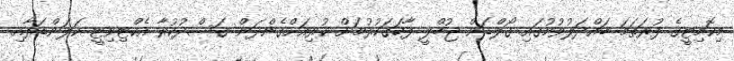
މިކޮމިޓީގެ ފުރަތަމަ ބައްދަލުވުމުގައި ގޯލްޑަން ޖުބްލީ ފާހަގަކުރުމަށް ކުރިއަށްގެންދަން ގަސްދުކުރާ އެކްޓިވިޓީ ކަލަންޑަރާއި